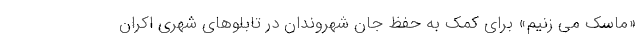
«ماسک می زنیم» برای کمک به حفظ جان شهروندان در تابلوهای شهری اکران